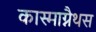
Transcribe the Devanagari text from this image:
कास्माग्नैथस